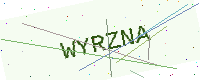
Text: WYRZNA